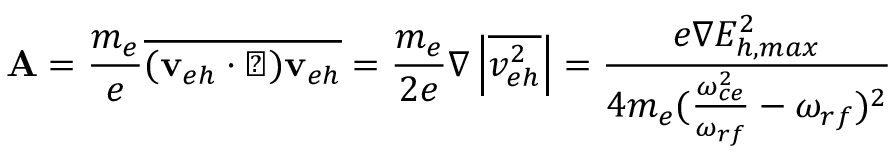
{ \bf A } = \frac { m _ { e } } { e } \overline { { ( \mathbf { v } _ { e h } \cdot \triangledown ) \mathbf { v } _ { e h } } } = \frac { m _ { e } } { 2 e } \nabla \left| \overline { { v _ { e h } ^ { 2 } } } \right| = \frac { e \nabla E _ { h , m a x } ^ { 2 } } { 4 m _ { e } ( \frac { \omega _ { c e } ^ { 2 } } { \omega _ { r f } } - \omega _ { r f } ) ^ { 2 } }